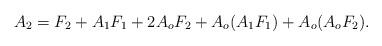
LaTeX: \begin{align*}A_2=F_2+A_1F_1+2A_oF_2+A_o(A_1F_1)+A_o(A_oF_2).\end{align*}